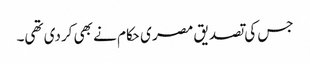
جس کی تصدیق مصر ی حکام نے بھی کردی تھی۔